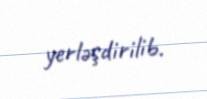
yerləşdirilib.